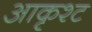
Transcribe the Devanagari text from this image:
आकृश्ट